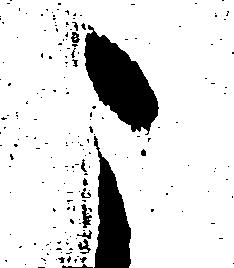
こ